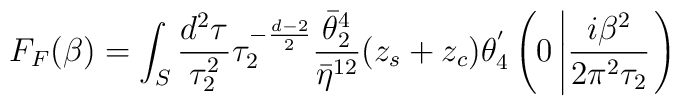
F_{F}(\beta)=\int_{S}\frac{d^{2}\tau}{\tau_{2}^{2}}\tau_{2}^{-\frac{d-2}{2}}\frac{\bar{\theta}_{2}^{4}}{\bar{\eta}^{12}}(z_{s}+z_{c})\theta^{'}_{4}\left(0\left|\frac{i\beta^{2}}{2\pi^{2}\tau_{2}}\right.\right)